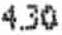
4.30